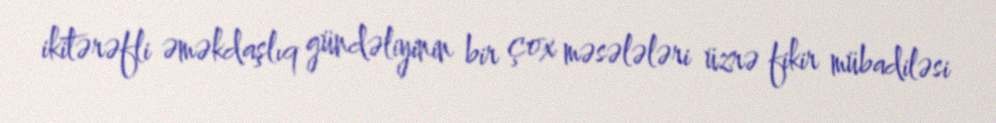
ikitərəfli əməkdaşlıq gündəliyinin bir çox məsələləri üzrə fikir mübadiləsi